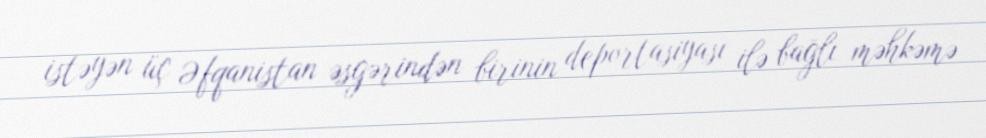
istəyən üç Əfqanistan əsgərindən birinin deportasiyası ilə bağlı məhkəmə